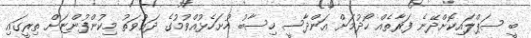
ބީ ސަޕްލައިކޮށްދޭނެ ފަރާތެއް ހޯދުމަށް އަންދާސީ ހިސާބު ހުށަހެޅުއްވުމުގެ ދަޢުވަތު މިކުންފުންޏަށް ތިރީގައި